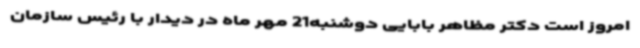
امروز است دکتر مظاهر بابایی دوشنبه21 مهر ماه در دیدار با رئیس سازمان